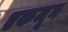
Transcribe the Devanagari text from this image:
एकजून